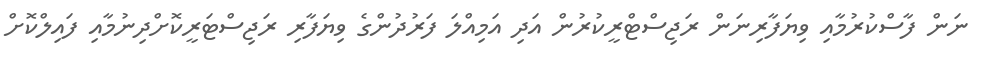
ނަން ފާސްކުރުމާއި ވިޔަފާރިނަން ރަޖިސްޓްރީކުރުން އަދި އަމިއްލަ ފަރުދުންގެ ވިޔަފާރި ރަޖިސްޓަރީކޮށްދިނުމާއި ފައިލްކޮށް